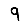
Digit: 9